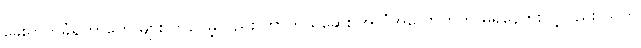
ခွေးကိုက်ခံရတာတွေ များလာပေမဲ့လည်း ကာကွယ်ဆေး အလုံအလောက်က မရှိနေဘူးလို့လည်း သူက